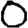
Digit: 0